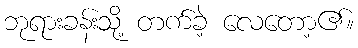
ဘုရားခန်းသို့ တက်ခဲ့ လေတော့၏။